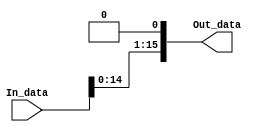
module one_bit_shift(In_data, Out_data);
input [15:0] In_data;
output [15:0] Out_data;

assign Out_data=In_data<<1;

endmodule